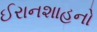
ઈરાનશાહનો